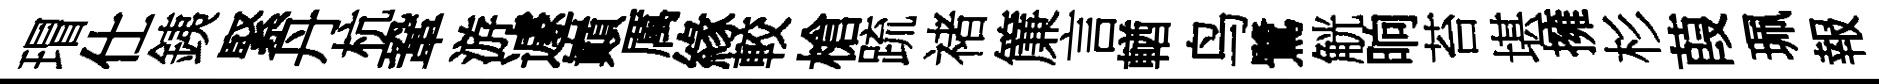
瑁仕銕緊丹杭鞏游遽巔厲緣較槍䟽禇簾言輶鸟鷺觥晌苔堪擁杉葭珮報